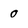
Character: 0